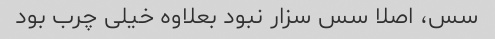
سس، اصلا سس سزار نبود بعلاوه خیلی چرب بود